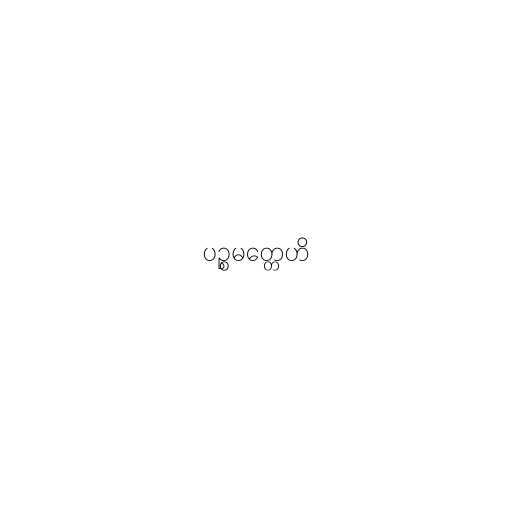
ပဉ္စမတ္တေဟိ